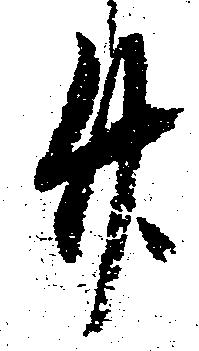
廿